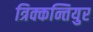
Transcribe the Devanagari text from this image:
त्रिक्कन्तियुर